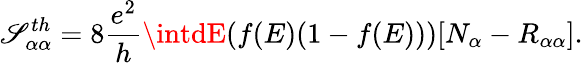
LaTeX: {\mathscr{S}_{\alpha\alpha}^{th}=8\frac{{e^{2}}}{{h}}\intdE(f(E)(1-f(E)))[N_{\alpha}-R_{\alpha\alpha}]}.